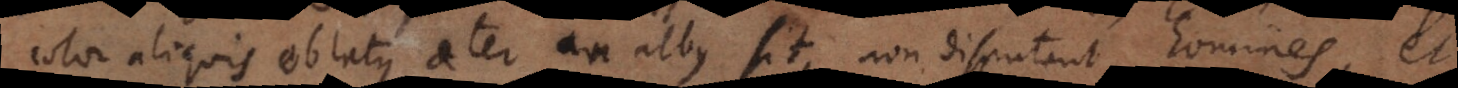
color aliquis oblatus ater an albus sit, non disputant homines, et